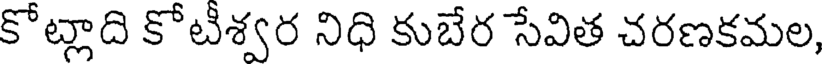
కోట్లాది కోటీశ్వర నిధి కుబేర సేవిత చరణకమల,